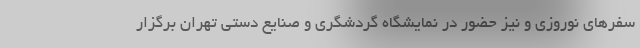
سفرهای نوروزی و نیز حضور در نمایشگاه گردشگری و صنایع دستی تهران برگزار